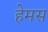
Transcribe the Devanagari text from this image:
हेमस